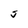
Character: S